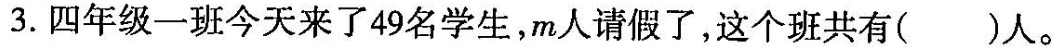
3.四年级一班今天来了49名学生，m人请假了，这个班共有()人。